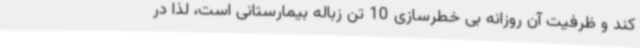
کند و ظرفیت آن روزانه بی خطرسازی 10 تن زباله بیمارستانی است، لذا در